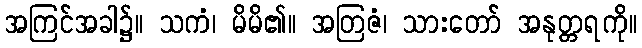
အကြင်အခါ၌။ သကံ၊ မိမိ၏။ အတြဇံ၊ သားတော် အနုတ္တရကို။